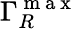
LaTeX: \Gamma_{R}^{\mathrm{~m~a~x~}}